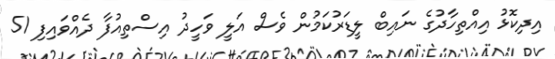
އިދިކޮޅު އިއްތިހާދުގެ ނައިބް ލީޑަރުކަމުން ވެސް އަލީ ވަހީދު އިސްތިއުފާ ދެއްވައިފި 51